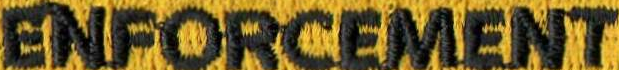
ENFORCEMENT